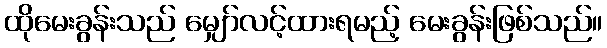
ထိုမေးခွန်းသည် မျှော်လင့်ထားရမည့် မေးခွန်းဖြစ်သည်။